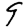
Digit: 9